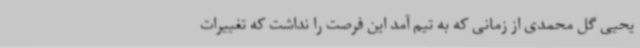
یحیی گل محمدی از زمانی که به تیم آمد این فرصت را نداشت که تغییرات